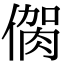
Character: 𠌳